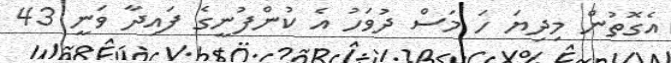
އެގޮތުން މިދިޔަ ހަ މަސް ދުވަހު އެ ކުންފުނީގެ ފައިދާ ވަނީ 43